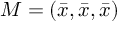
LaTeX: M = \left( { \bar { x } } , { \bar { x } } , { \bar { x } } \right)